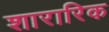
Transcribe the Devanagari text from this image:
शारारिक